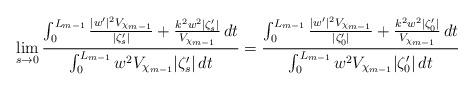
LaTeX: \begin{align*}\lim_{s \to 0}\frac{ \int_0^{L_{m-1}} \frac{|w'|^2 V_{\chi_{m-1}}}{|\zeta_s '|} + \frac{k^2 w^2 | \zeta_s' |}{V_{\chi_{m-1}}} \,dt}{ \int_0^{L_{m-1}} w^2 V_{\chi_{m-1}} | \zeta_s' | \,dt} =\frac{ \int_0^{L_{m-1}} \frac{|w'|^2 V_{\chi_{m-1}}}{|\zeta_0 '|} + \frac{k^2 w^2 | \zeta_0' |}{V_{\chi_{m-1}}} \,dt}{ \int_0^{L_{m-1}} w^2 V_{\chi_{m-1}} | \zeta_0' | \,dt}\end{align*}